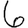
Digit: 6